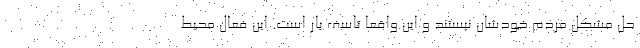
حل مشکل مردم خودشان نیستند و این واقعا تاسف بار است. این فعال محیط